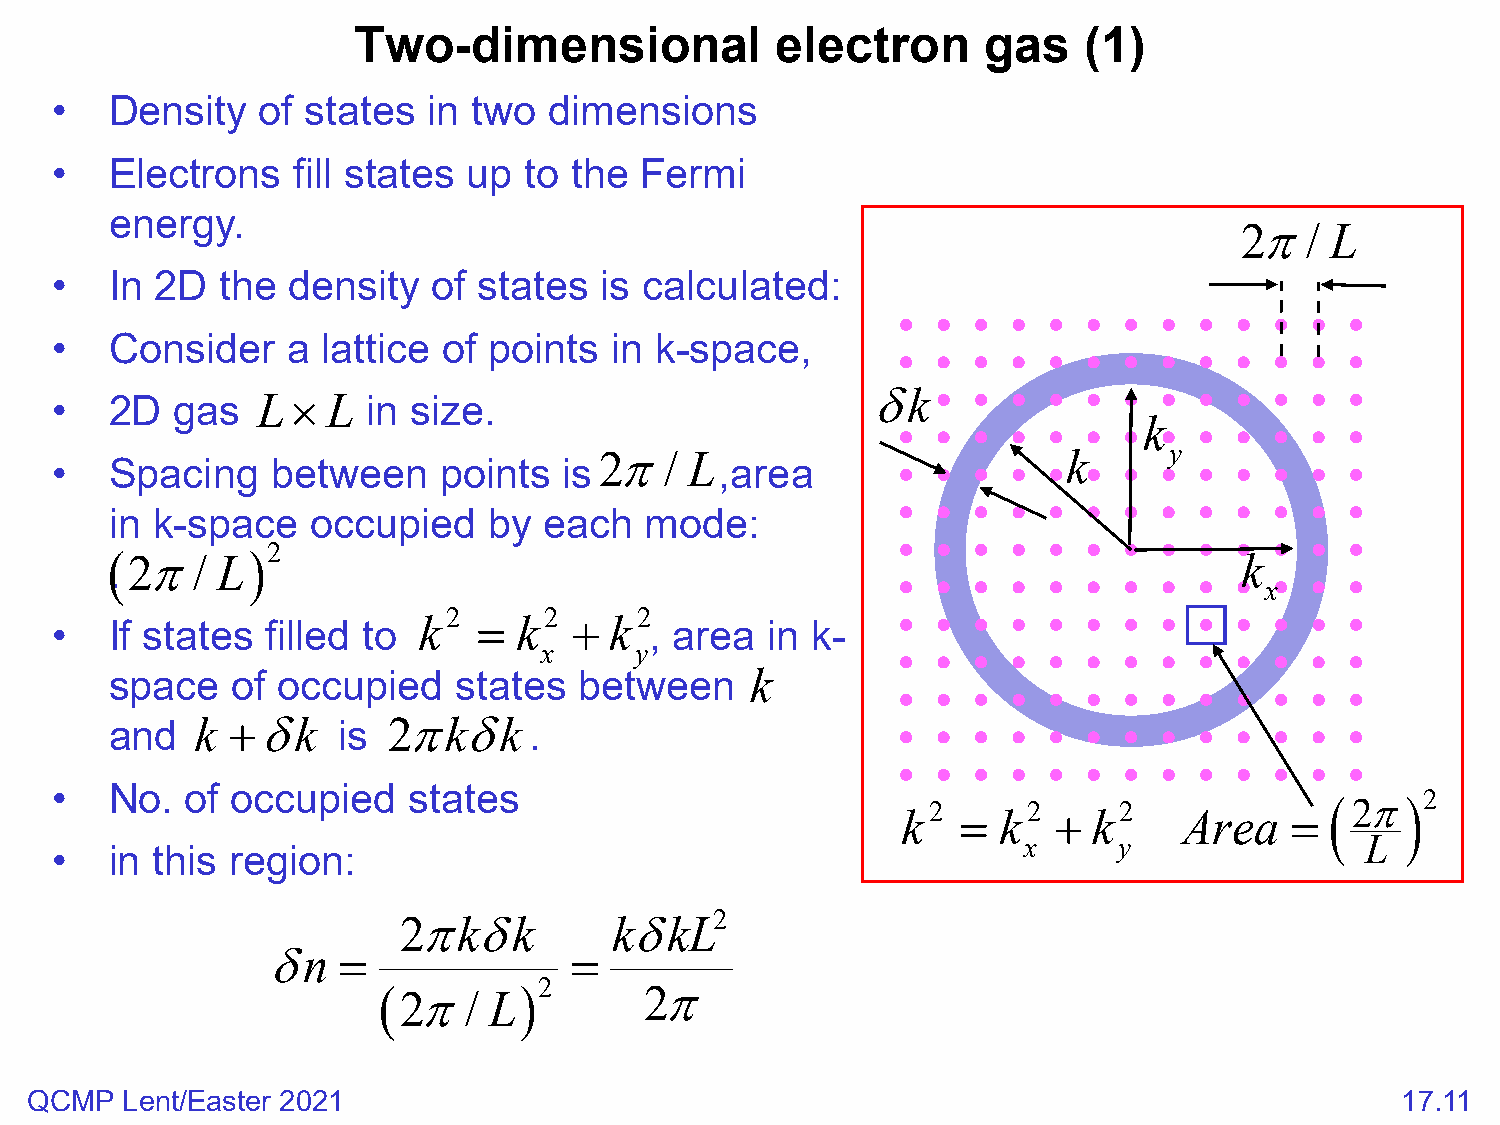
Two-dimensional             electron      gas    (1)
 •   Density   of states  in two  dimensions
 •   Electrons   fill states up  to the Fermi
 energy.
 2π/   L
 •   In 2D   the density   of states  is calculated:
 •   Consider    a lattice of points  in k-space,
 •   2D  gas   L ×  L in size.                          δk
 k
 2π/   L                        k     y
 •   Spacing    between    points  is         ,area
 in k-space    occupied   by  each   mode:
 (
 .
 2π/   L)2                                                                 k
 x
 k2  = k2  + k2
 •   If states  filled to                , area  in k-
 x     y
 space   of occupied    states  between     k
 and   k + δ  k is  2 π k δ k .
 •   No.  of occupied    states
 k2  = k2  + k2    Area    =
 ( 2π)2
 x     y               L
 •   in this region:
 2πkδk          kδkL2
 δn  =               =
 ( 2π/  L)2        2π
 QCMP  Lent/Easter 2021                                                                     17.11